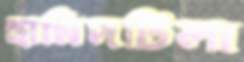
হামিদটিলা